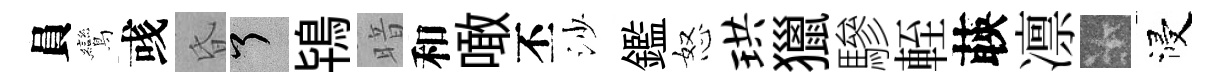
員鸞彧昏了鴇暗和噉丕沙鑑怒珙獵驂輊𦴤凛卡浸